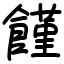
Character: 饉